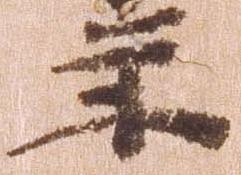
年